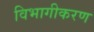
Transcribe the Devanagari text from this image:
विभागीकरण